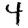
Digit: 4